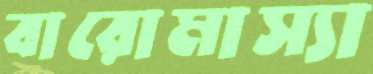
বারোমাস্যা